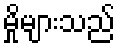
မှိုများသည်